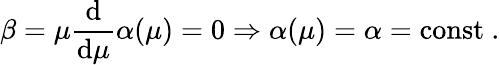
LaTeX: \beta=\mu{\frac{\mathrm{d}}{\mathrm{d}\mu}}\alpha(\mu)=0\Rightarrow\alpha(\mu)=\alpha=\mathrm{const}\ .